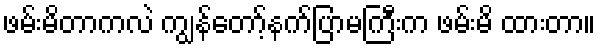
ဖမ်းမိတာကလဲ ကျွန်တော့်နက်ပြာမကြီးက ဖမ်းမိ ထားတာ။